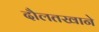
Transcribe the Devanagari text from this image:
दौलतखाने